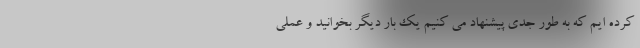
کرده ایم که به طور جدی پیشنهاد می کنیم یک بار دیگر بخوانید و عملی